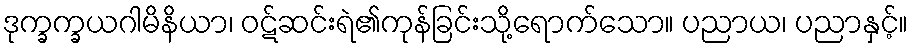
ဒုက္ခက္ခယဂါမိနိယာ၊ ဝဋ်ဆင်းရဲ၏ကုန်ခြင်းသို့ရောက်သော။ ပညာယ၊ ပညာနှင့်။